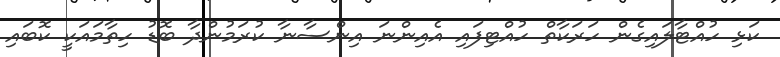
ކަޅި ހުއްޓާލައިގެން ހަރަކާތް ހުއްޓިފައި އެއިންނަ އިންސާނާ ކުރަމުންދާ ބޮޑު ހިތާމައަކީ ކޮބައި